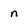
Character: n